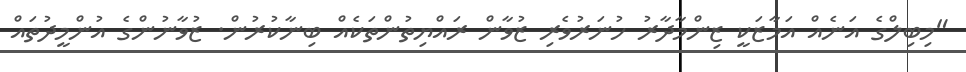
"މިބިލްގެ އަނެއް އަމާޒަކީ ޒިންމާދާރު ހުނަރުވެރި ޒުވާން ރައްޔިތުންތަކެއް ބިނާކުރުން. ޒުވާނުންގެ އުންމީދުތައް